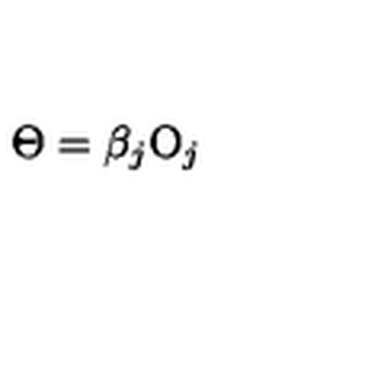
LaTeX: \Theta = \beta _ { j } \mathrm { O } _ { j }